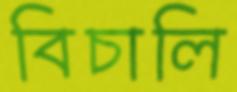
বিচালি